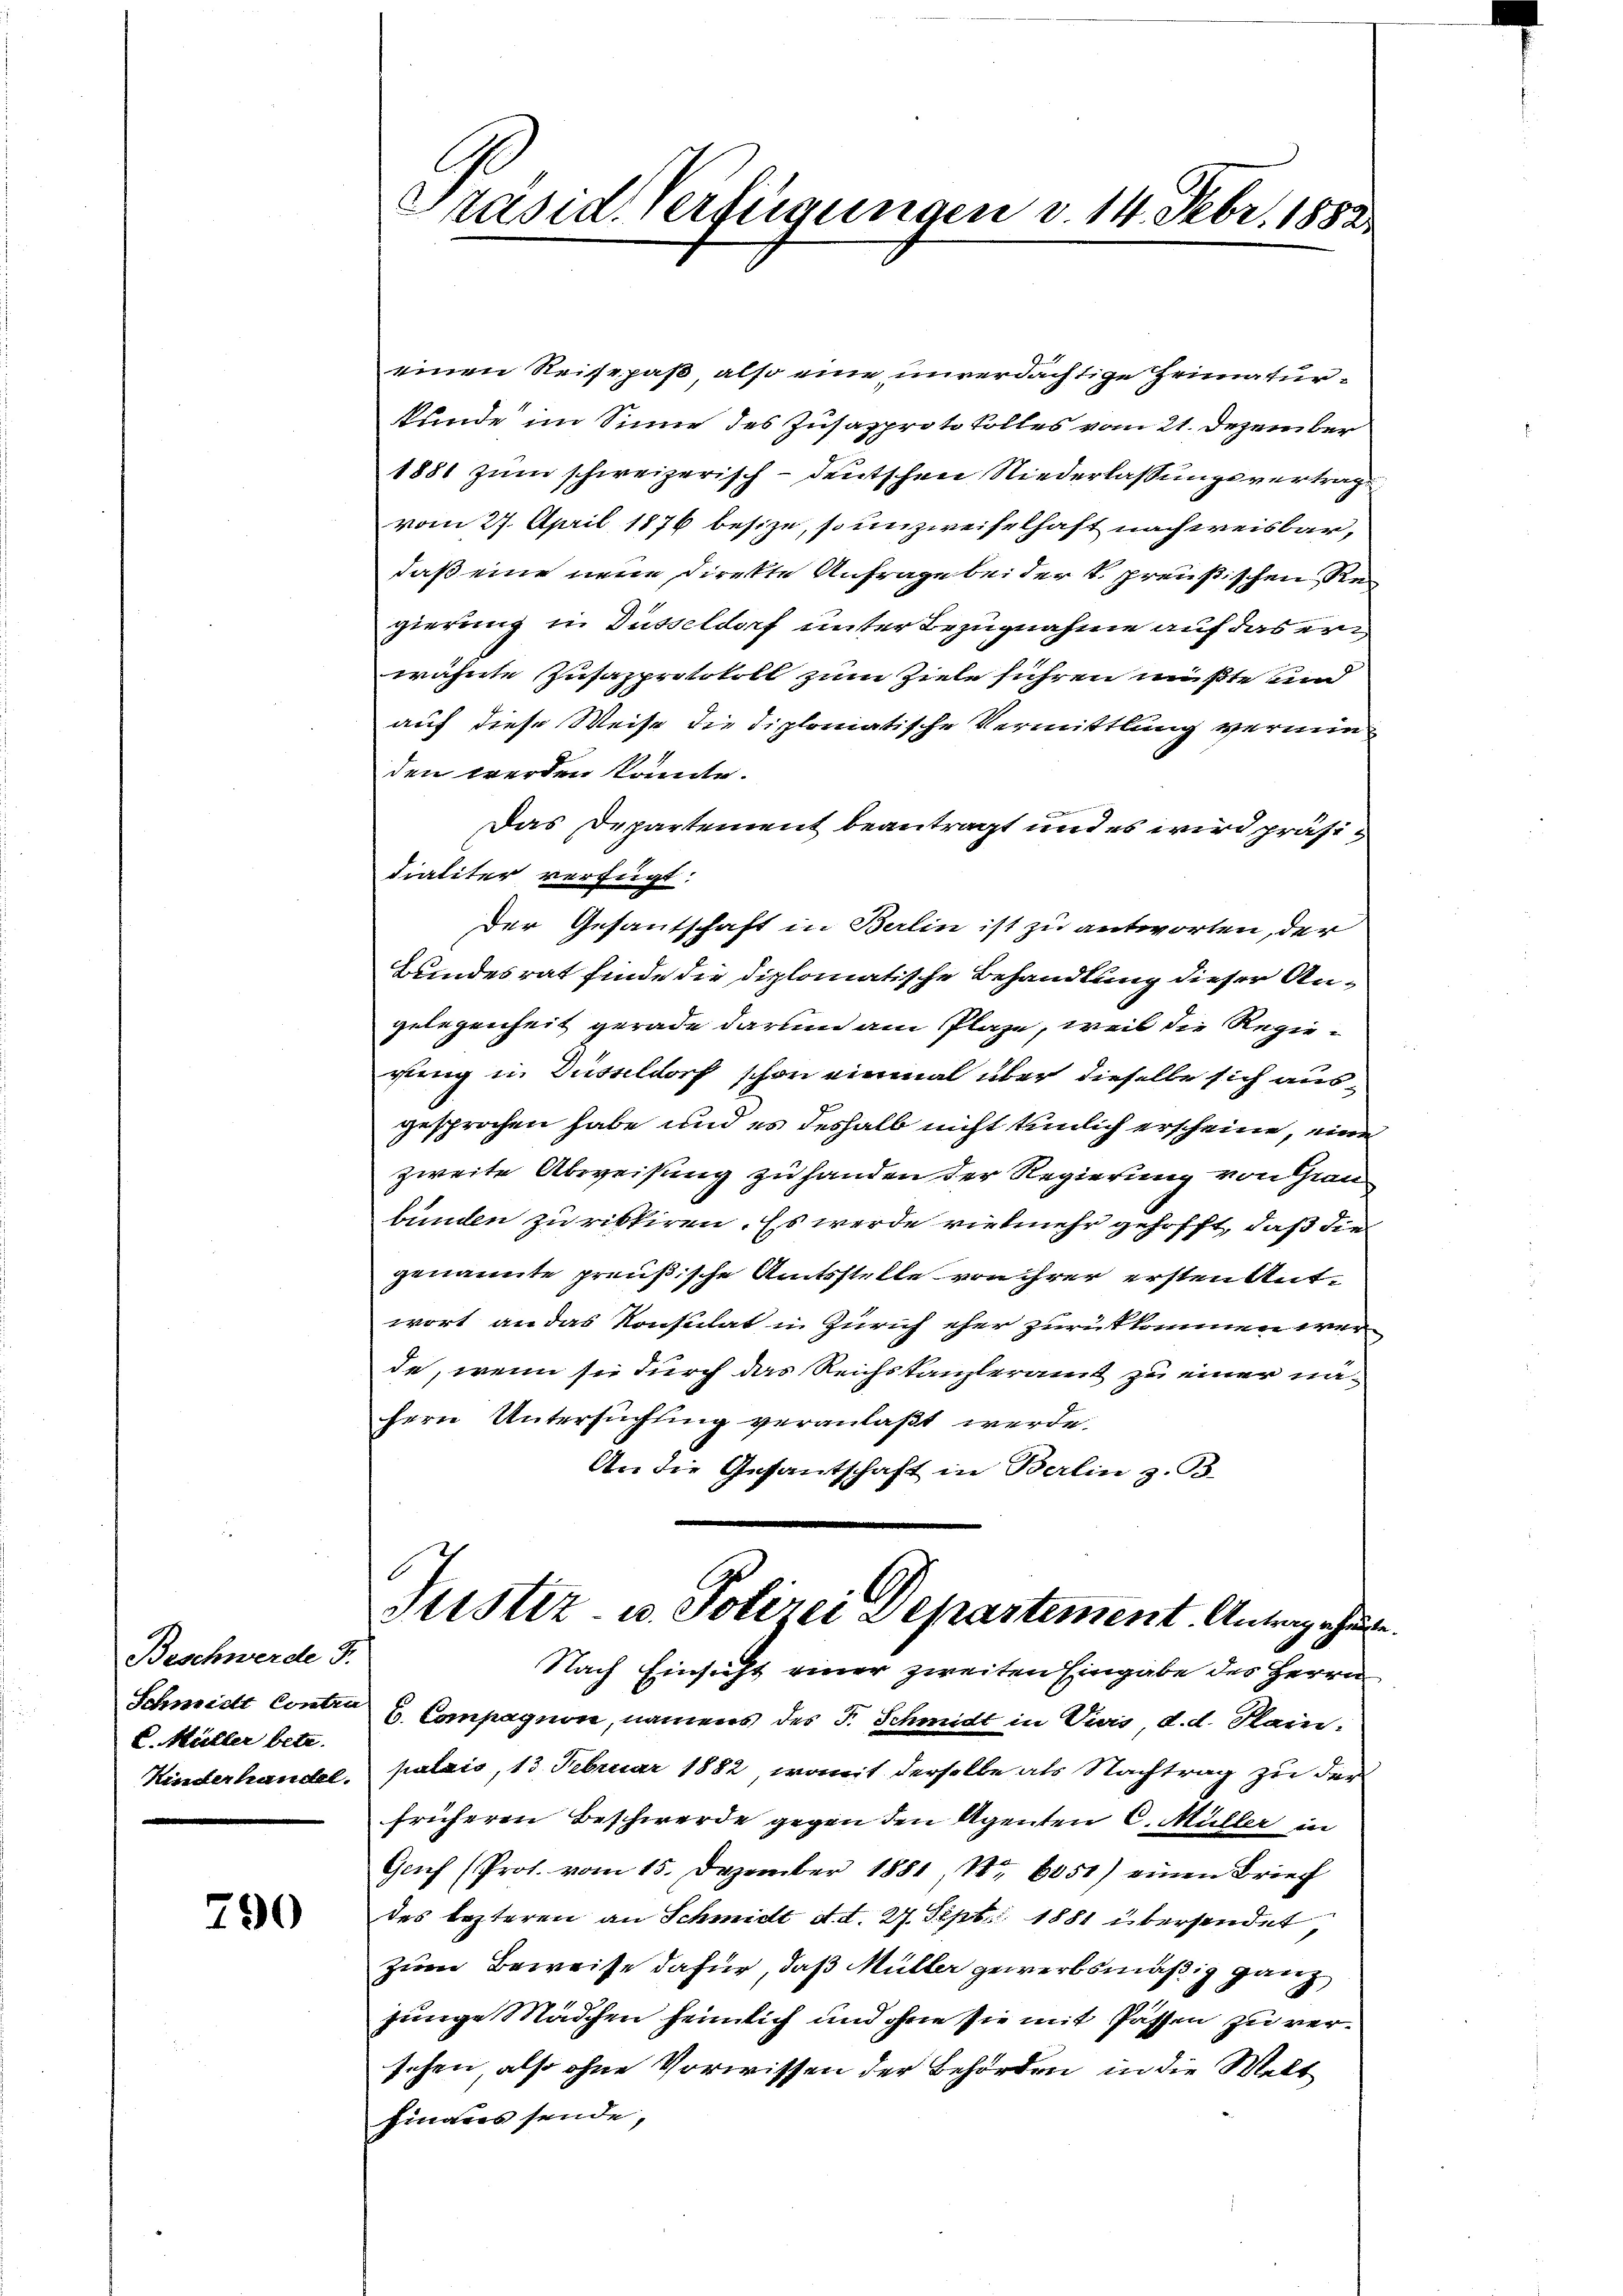
Beschwerde d.
E. Hüller betr.

790

Präsid. Verfügungen v. 14. Febr. 1882

einen Reisepaß, also eine unverdächtige Heimaturkunde im Sinne des Zusazprotokolles vom 21. Dezember
1881 zum schweizerisch-deutschen Niederlassungsvertrag
vom 27. April 1876 besize, so unzweifelhaft nach weisbar,
daß eine neue Direkte Anfrage bei der k. preußischen Regierung in Düsseldorf unter Bezugnahme auf das erwähnte Zusazprotokoll zum Ziele führen müßte und
auf diese Weise die diplomatische Vermittlung verminden werden könnte.
Das Departement beantragt und es wird präsidialiter verfügt:
Der Gesantschaft in Berlin ist zu antworten, der
Bundesrat finde die diplomatische Behandlung dieser Angelegenheit gerade darum am Plaze, weil die Regierung in Düsseldorf schon einmal über dieselbe sich ausgesprochen habe und es deshalb nicht tunlich erscheine, eine
zweite Abweisung zu handen der Regierung von Grau
bunden zu ristiren. Es werde vielmehr gehofft, daß die
genannte preußische Amtsstelle von ihrer ersten Antwort an das Konsulat in Zürich eher zurükkommen werde, wenn sie durch das Reichstanzleramt zu einer nähern Untersuchung veranlaßt werde.
An die Gesantschaft in Berlin z. B.

Schmidt Contro u. Compagner, namens des F. Schmidt in Viers, d. d. Plain.
Kinderhandel, palais, 13. Februar 1882, womit derselbe als Nachtrag zu der
früheren Beschwerde gegen den Agenten C. Müller in
Genf (Prot. vom 15. Dezember 1881, Nr. 6051) einen Brief
des lezteren an Schmidt d. d. 27. Sept. 1881 übersendet,
zum Beweise dafür, daß Müller gewerbsmäßig ganz
junge Mädchen heimlich und ohne sie mit Passen zu versehen, also ohne Vorwissen der Behörden in die Welt
hinaus sende,

Justiz u. Polizei Departement. Antrag ehel.
Nach Einsicht einer zweiten Eingabe des Herrn